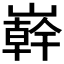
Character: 𭗠